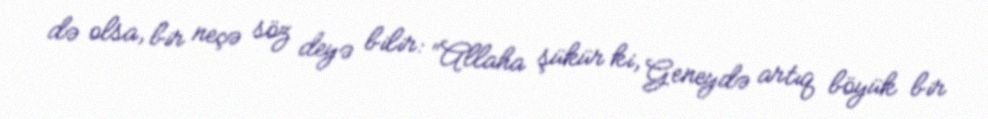
də olsa, bir neçə söz deyə bilir: “Allaha şükür ki, Geneydə artıq böyük bir